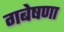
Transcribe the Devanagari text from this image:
गबेषणा